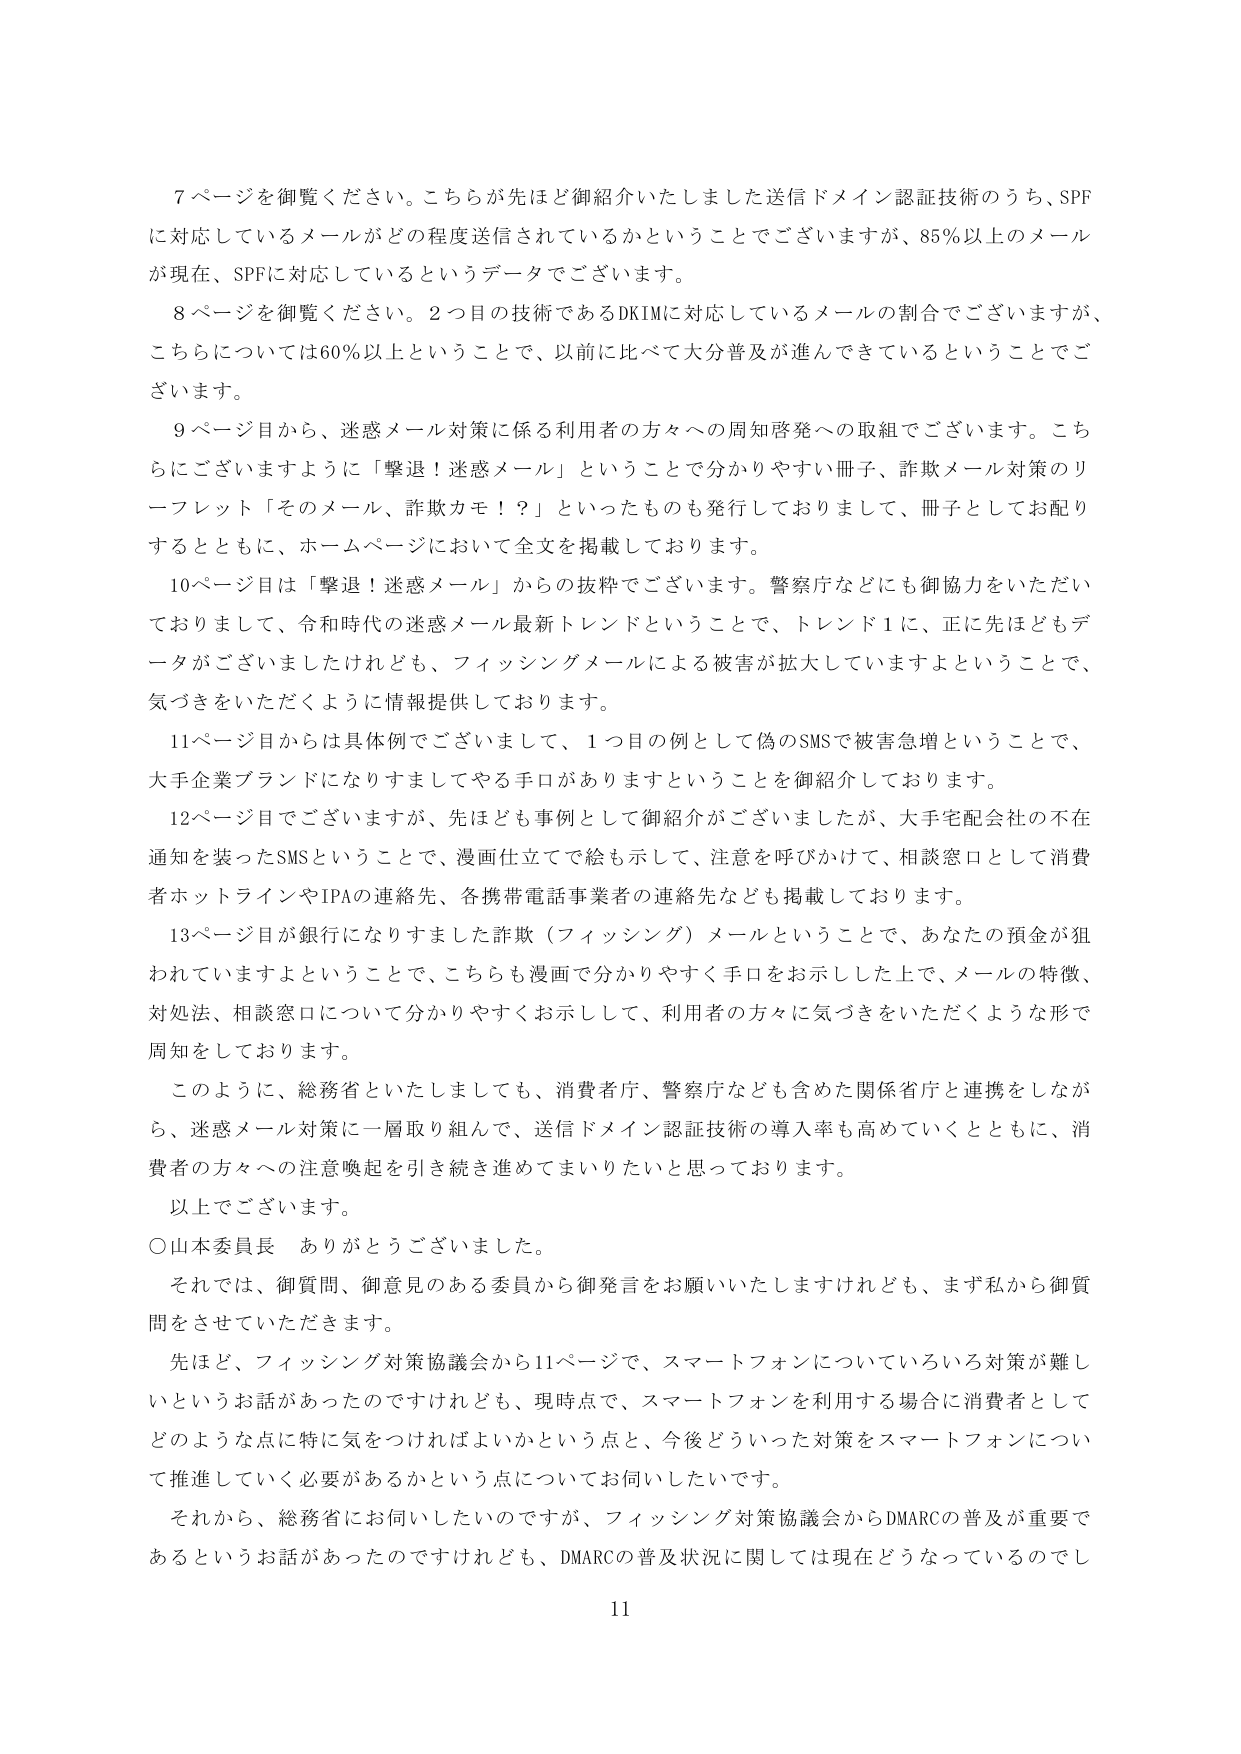
7ページを御覧ください。こちらが先ほど御紹介いたしました送信ドメイン認証技術のうち、SPFに対応しているメールがどの程度送信されているかということでございますが、85％以上のメールが現在、SPFに対応しているというデータでございます。

8ページを御覧ください。2つ目の技術であるDKIMに対応しているメールの割合でございますが、こちらについては60％以上ということで、以前に比べて大分普及が進んできているということでございます。

9ページ目から、迷惑メール対策に係る利用者の方々への周知啓発への取組でございます。こちらにございますように「撃退！迷惑メール」ということで分かりやすい冊子、詐欺メール対策のリーフレット「そのメール、詐欺カモ！？」といったものも発行しておりまして、冊子としてお配りするとともに、ホームページにおいて全文を掲載しております。

10ページ目は「撃退！迷惑メール」からの抜粋でございます。警察庁などにも御協力をいただいておりまして、令和時代の迷惑メール最新トレンドということで、トレンド1に、正に先ほどもデータがございましたけれども、フィッシングメールによる被害が拡大していますよということで、気づきをいただくように情報提供しております。

11ページ目からは具体例でございまして、1つ目の例として偽のSMSで被害急増ということで、大手企業ブランドになりすましてやる手口がありますということを御紹介しております。

12ページ目でございますが、先ほども事例として御紹介がございましたが、大手宅配会社の不在通知を装ったSMSということで、漫画仕立てで絵も示して、注意を呼びかけて、相談窓口として消費者ホットラインやIPAの連絡先、各携帯電話事業者の連絡先なども掲載しております。

13ページ目が銀行になりすました詐欺（フィッシング）メールということで、あなたの預金が狙われていますよということで、こちらも漫画で分かりやすく手口をお示しした上で、メールの特徴、対処法、相談窓口について分かりやすくお示しして、利用者の方々に気づきをいただくような形で周知しております。

このように、総務省といたしましても、消費者庁、警察庁なども含めた関係省庁と連携をしながら、迷惑メール対策に一層取り組んで、送信ドメイン認証技術の導入率も高めていくとともに、消費者の方々への注意喚起を引き続き進めてまいりたいと思っております。

以上でございます。

○山本委員長　ありがとうございました。

それでは、御質問、御意見のある委員から御発言をお願いいたしますけれども、まず私から御質問をさせていただきます。

先ほど、フィッシング対策協議会から11ページで、スマートフォンについていろいろ対策が難しいというお話があったのですけれども、現時点で、スマートフォンを利用する場合に消費者としてどのような点に特に気をつければよいかという点と、今後どういった対策をスマートフォンについて推進していく必要があるかという点についてお伺いしたいです。

それから、総務省にお伺いしたいのですが、フィッシング対策協議会からDMARCの普及が重要であるというお話があったのですけれども、DMARCの普及状況に関しては現在どうなっているのでし

11